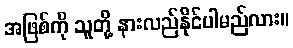
အဖြစ်ကို သူတို့ နားလည်နိုင်ပါမည်လား။